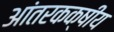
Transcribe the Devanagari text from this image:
आंतरकक्षीय